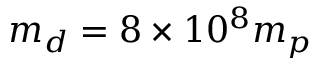
m _ { d } = 8 \times 1 0 ^ { 8 } m _ { p }